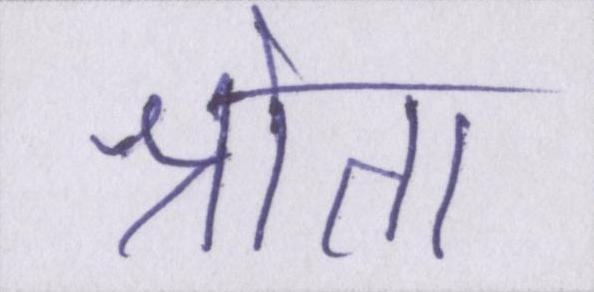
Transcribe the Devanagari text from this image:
श्रोता